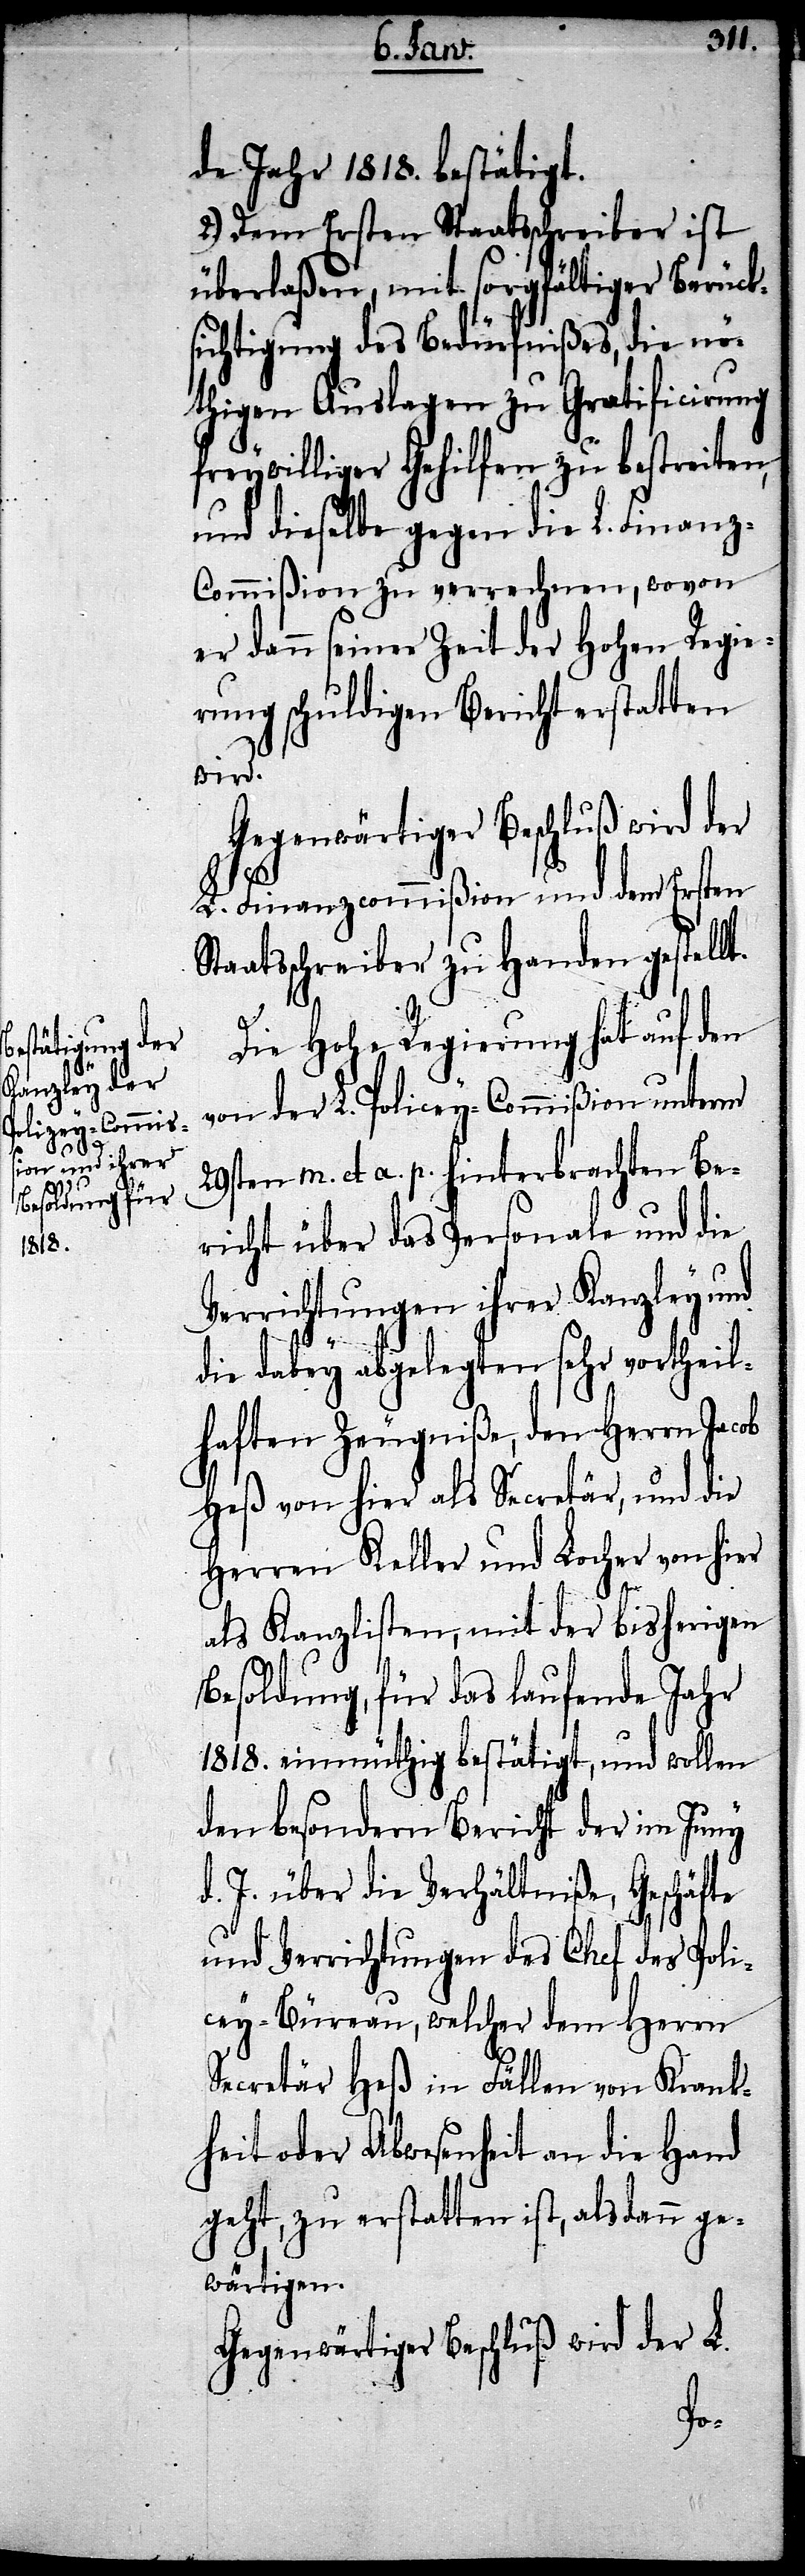
de Jahr 1818. bestätigt.
2.) Dem Ersten Staatsschreiber ist
überlaßen, mit sorgfältiger Berück¬
sichtigung des Bedürfnißes, die nö¬
thigen Auslagen zu Gratificirung
freywilliger Gehilfen zu bestreiten,
und dieselbe gegen die L. Finanz-C¬
ommißion zu verrechnen, wovon
er dann seiner Zeit der Hohen Regie¬
rung schuldigen Bericht erstatten
wird.
Gegenwärtiger Beschluß wird der
L. Finanzcommißion und dem Ersten
taatsschreiber zu Handen gestellt.
Die Hohe Regierung hat auf den
von der L. Policey-Commißion unterm
29sten m. et a. p. hinterbrachten Be¬
richt über das Personale und die
Verrichtungen ihrer Kanzley und
die dabey abgelegten sehr vortheil¬
haften Zeugniße, den Herrn Jacob
Heß von hier als Secretär, und die
Herren Keller und Locher von hier
S¬
als Kanzlisten, mit der bisherigen
Besoldung, für das laufende Jahr
1818. einmüthig bestätigt, und wollen
den besondern Bericht der im Juny
d. J. über die Verhältniße, Geschäfte
und Verrichtungen des Chef des Poli¬
cey-Büreau, welcher dem Herrn
Secretär Heß in Fällen von Krank¬
heit oder Abwesenheit an die Hand
geht, zu erstatten ist, alsdann ge¬
wärtigen.
Gegenwärtiger Beschluß wird der L.